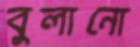
বুলানো